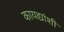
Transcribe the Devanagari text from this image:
कायद्यांशी